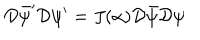
{ \cal D } \bar { \psi } ^ { \prime } { \cal D } \psi ^ { \prime } = J ( \alpha ) { \cal D } \bar { \psi } { \cal D } \psi